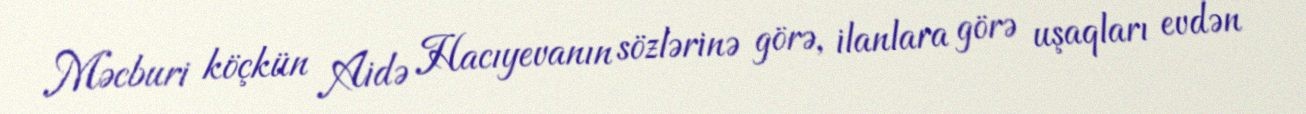
Məcburi köçkün Aidə Hacıyevanın sözlərinə görə, ilanlara görə uşaqları evdən